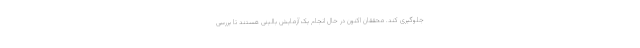
جلوگیری کند. محققان اکنون در حال انجام یک آزمایش بالینی هستند تا بررسی